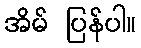
အိမ် ပြန်ပါ။